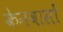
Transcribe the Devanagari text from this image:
केनवासों